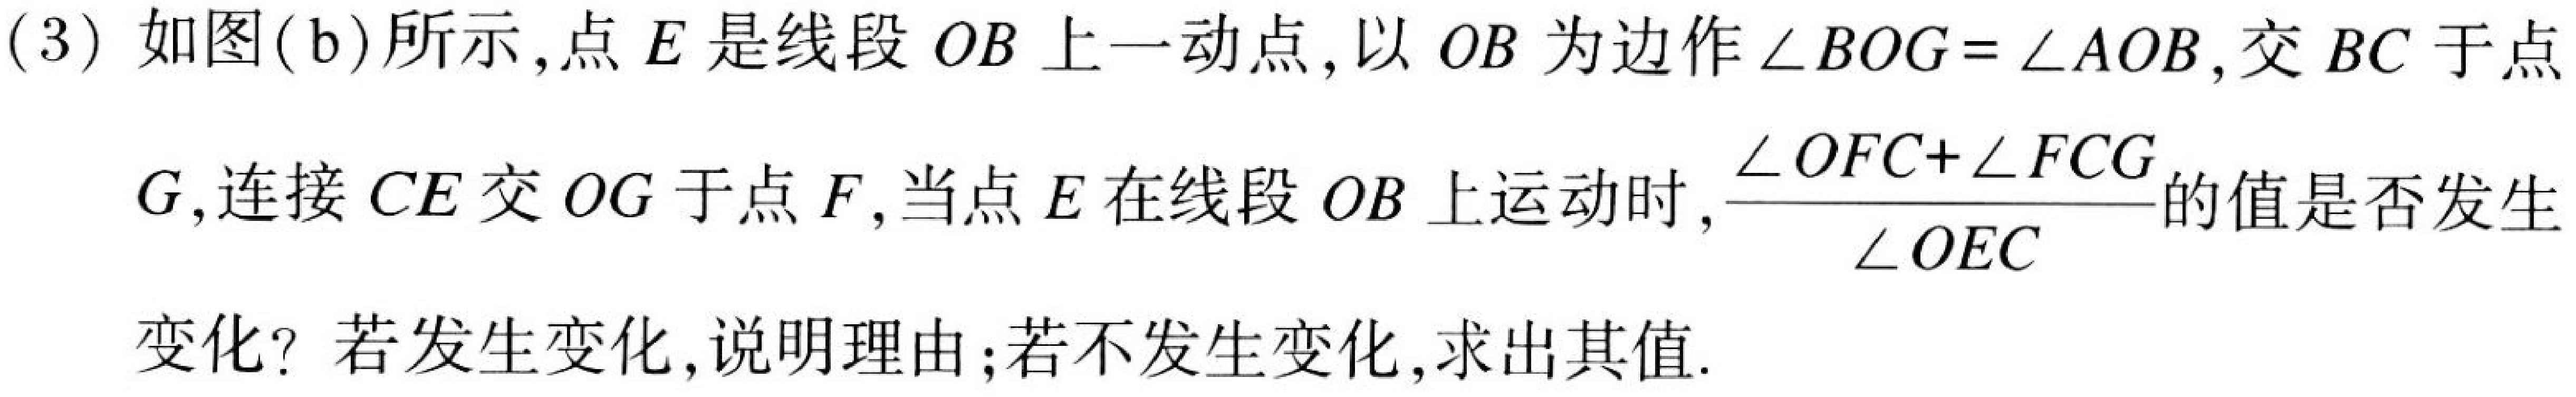
(3) 如图(b)所示，点 \(E\) 是线段 \(OB\) 上一动点，以 \(OB\) 为边作 \(\angle BOG=\angle AOB\)，交 \(BC\) 于点 \(G\)，连接 \(CE\) 交 \(OG\) 于点 \(F\)，当点 \(E\) 在线段 \(OB\) 上运动时，\(\frac{\angle OFC + \angle FCG}{\angle OEC}\)的值是否发生变化？若发生变化，说明理由；若不发生变化，求出其值.